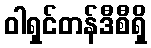
ဝါရှင်တန်ဒီစီရှိ